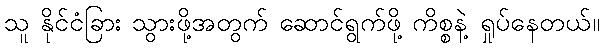
သူ နိုင်ငံခြား သွားဖို့အတွက် ဆောင်ရွက်ဖို့ ကိစ္စနဲ့ ရှုပ်နေတယ်။